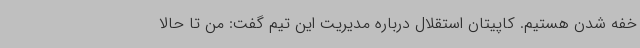
خفه شدن هستیم. کاپیتان استقلال درباره مدیریت این تیم گفت: من تا حالا